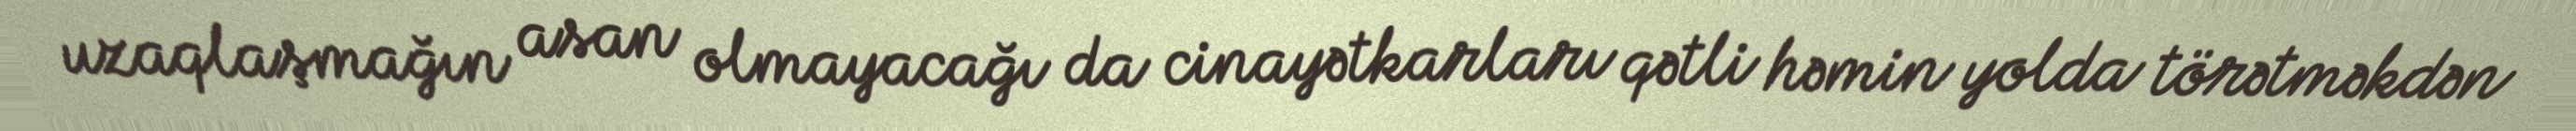
uzaqlaşmağın asan olmayacağı da cinayətkarları qətli həmin yolda törətməkdən